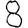
Digit: 8